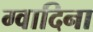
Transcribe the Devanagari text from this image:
ग्वादिना